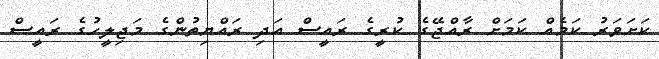
ކަށަވަރު ކަމެއް ކަމަށް ރާއްޖޭގެ ކުރީގެ ރައީސް އަދި ރައްޔިތުންގެ މަޖިލީހުގެ ރައީސް